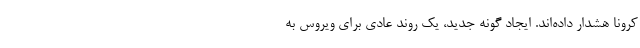
کرونا هشدار داده‌اند. ایجاد گونه جدید، یک روند عادی برای ویروس به